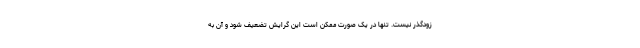
زودگذر نیست. تنها در یک صورت ممکن است این گرایش تضعیف شود و آن به